Report on the lunatic asylums under the Government of Bombay - 1904-1913
Year: 1904
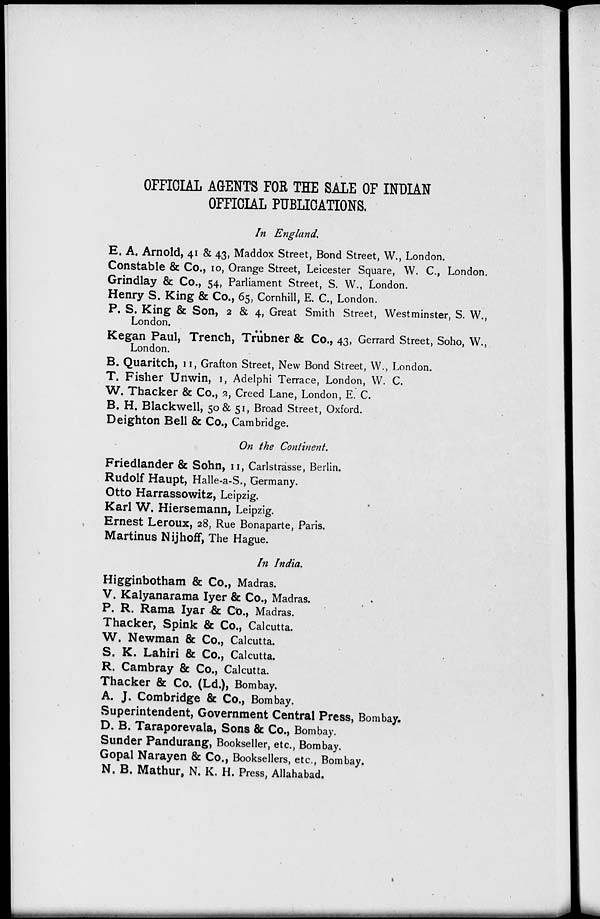
OFFICIAL AGENTS FOR THE SALE OF INDIAN
OFFICIAL PUBLICATIONS.
In England.
E. A. Arnold, 41 & 43, Maddox Street, Bond Street, W., London.
Constable & Co., 10, Orange Street, Leicester Square, W. C., London
Grindlay & Co., 54, Parliament Street, S. W., London.
Henry S. King & Co., 65, Cornhill, E. C., London.
P. S. King & Son, 2 & 4, Great Smith Street, Westminster, S. W.,
London.
Kegan Paul, Trench, Trübner & Co., 43, Gerrard Street, Soho, W.,
London.
B. Quaritch, 11, Grafton Street, New Bond Street, W., London.
T. Fisher Unwin, 1, Adelphi Terrace, London, W. C.
W. Thacker & Co., 2, Creed Lane, London, E. C.
B. H. Blackwell, 50 & 51, Broad Street, Oxford.
Deighton Bell & Co., Cambridge.
On the Continent.
Friedlander & Sohn, 11, Carlstrasse, Berlin.
Rudolf Haupt, Halle-a-S., Germany.
Otto Harrassowitz, Leipzig.
Karl W. Hiersemann, Leipzig.
Ernest Leroux, 28, Rue Bonaparte, Paris.
Martinus Nijhoff, The Hague.
In India.
Higginbotham & Co., Madras.
V. Kalyanarama Iyer & Co., Madras.
P. R. Rama Iyar & Co., Madras.
Thacker, Spink & Co., Calcutta.
W. Newman & Co., Calcutta.
S. K. Lahiri & Co., Calcutta.
R. Cambray & Co., Calcutta.
Thacker & Co. (Ld.), Bombay.
A. J. Combridge & Co., Bombay.
Superintendent, Government Central Press, Bombay.
D. B. Taraporevala, Sons & Co., Bombay.
Sunder Pandurang, Bookseller, etc., Bombay.
Gopal Narayen & Co., Booksellers, etc., Bombay.
N. B. Mathur, N. K. H. Press, Allahabad.